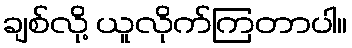
ချစ်လို့ ယူလိုက်ကြတာပါ။